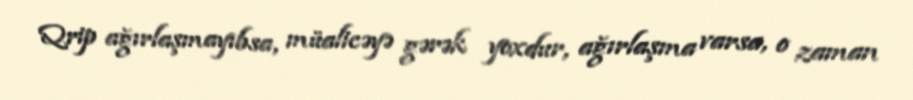
Qrip ağırlaşmayıbsa, müalicəyə gərək yoxdur, ağırlaşma varsa, o zaman